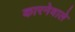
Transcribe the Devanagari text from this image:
कारनेवाले